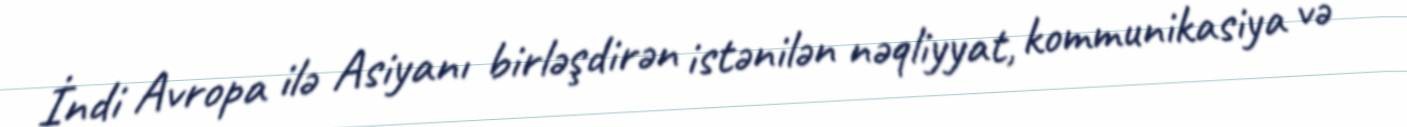
İndi Avropa ilə Asiyanı birləşdirən istənilən nəqliyyat, kommunikasiya və